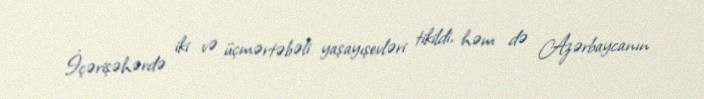
İçərişəhərdə iki və üçmərtəbəli yaşayışevləri tikildi, həm də Azərbaycanın